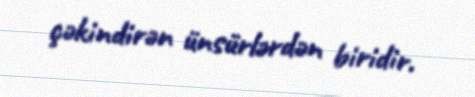
çəkindirən ünsürlərdən biridir.